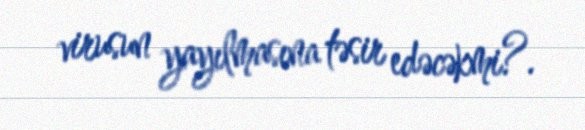
virusun yayılmasına təsir edəcəkmi?.